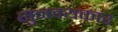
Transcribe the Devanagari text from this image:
सुनम्यकार